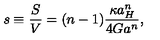
s \equiv { \frac { S } { V } } = ( n - 1 ) { \frac { \kappa a _ { H } ^ { n } } { 4 G a ^ { n } } } ,